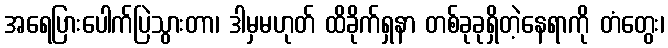
အရေပြားပေါက်ပြဲသွားတာ၊ ဒါမှမဟုတ် ထိခိုက်ရှနာ တစ်ခုခုရှိတဲ့နေရာကို တံတွေး၊